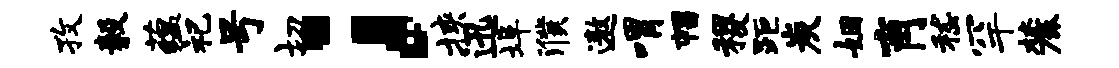
孜毅蕴祀号切；挟迅埠濮遨喟帽稷距炭姻肖嵇罕麓